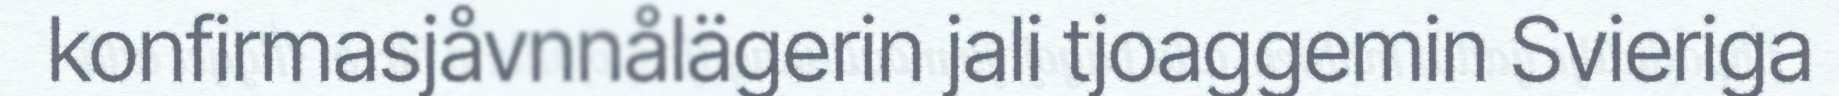
konfirmasjåvnnålägerin jali tjoaggemin Svieriga